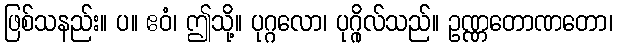
ဖြစ်သနည်း။ ပ။ ဧဝံ၊ ဤသို့။ ပုဂ္ဂလော၊ ပုဂ္ဂိုလ်သည်။ ဥဏ္ဏတောဏတော၊